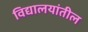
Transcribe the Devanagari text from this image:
विद्यालयांतील